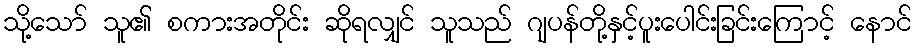
သို့သော် သူ၏ စကားအတိုင်း ဆိုရလျှင် သူသည် ဂျပန်တို့နှင့်ပူးပေါင်းခြင်းကြောင့် နောင်